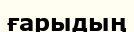
ғарыдың